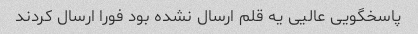
پاسخگویی عالیی یه قلم ارسال نشده بود فورا ارسال کردند